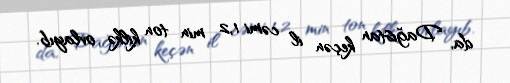
da, Dağıstan keçən il cəmi 1,2 min ton kilkə ovlayıb.